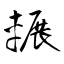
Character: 輾